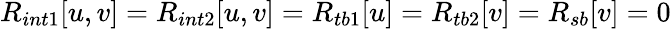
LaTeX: R_{int1}[u,v]=R_{int2}[u,v]=R_{tb1}[u]=R_{tb2}[v]=R_{sb}[v]=0